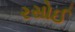
રસોઈ